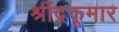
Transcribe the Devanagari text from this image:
श्रींद्रकूमार